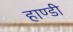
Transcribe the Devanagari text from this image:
हाण्डी